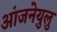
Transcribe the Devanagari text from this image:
आंजनेयुलु